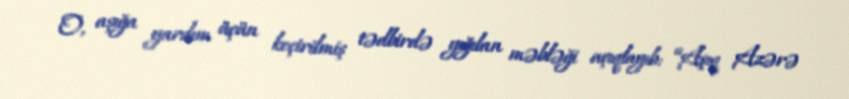
O, aşığa yardım üçün keçirilmiş tədbirdə yığılan məbləği açıqlayıb: “Aşıq Azərə